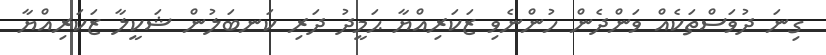
ގިނަ ދުވަސްތަކެއް ވަންދެން ހުންނެވި ޒަކަރިއްޔާ ޙަމީދު ދަރި ކަނބަލުން ޝަކީލާ ޒަކަރިއްޔާ